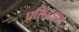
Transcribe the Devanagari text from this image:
प्रसिद्धझाले